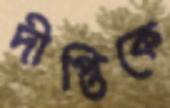
দীপ্তিকে